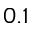
0 . 1